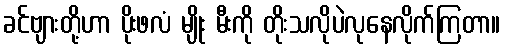
ခင်ဗျားတို့ဟာ ပိုးဖလံ မျိုး မီးကို တိုးသလိုပဲလုနေလိုက်ကြတာ။